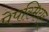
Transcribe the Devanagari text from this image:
पेपस्मियर